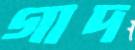
গাদ